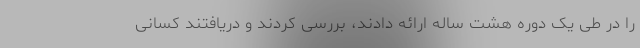
را در طی یک دوره هشت ساله ارائه دادند، بررسی کردند و دریافتند کسانی